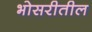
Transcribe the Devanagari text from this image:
भोसरीतील